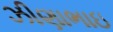
ઝીણાભાઇ